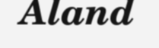
Aland